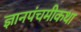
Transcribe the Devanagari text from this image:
ज्ञानपंचमीकथा